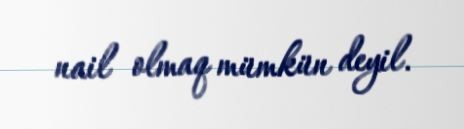
nail olmaq mümkün deyil.